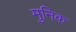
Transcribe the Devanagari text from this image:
मुनिक